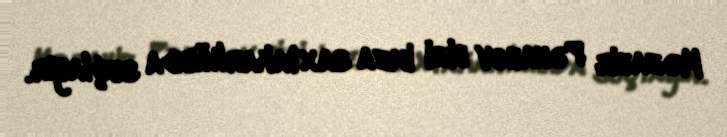
Məzahir Pənahov bizi imza saxtakarlığında suçlayır.